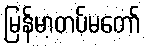
မြန်မာ့တပ်မတော်